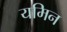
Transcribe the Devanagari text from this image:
यमिन